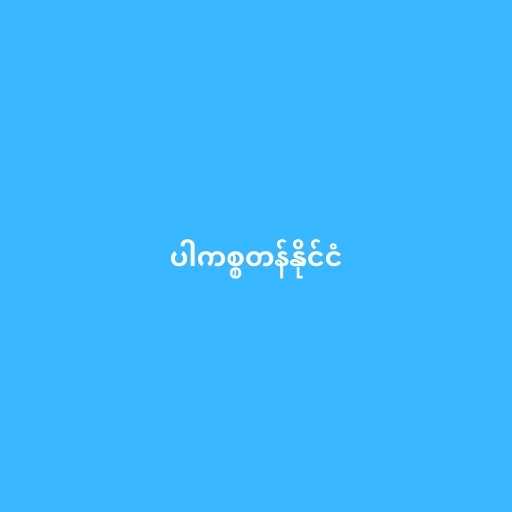
ပါကစ္စတန်နိုင်ငံ